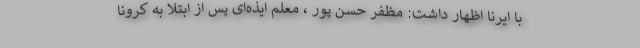
با ایرنا اظهار داشت: مظفر حسن پور ، معلم ایذه‌ای پس از ابتلا به کرونا